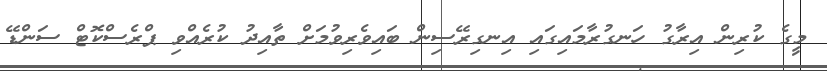
މީގެ ކުރިން އިރާގު ހަނގުރާމައިގައި އިނގިރޭސިން ބައިވެރިވުމަށް ތާއިދު ކުރެއްވި ޕްރެސްކޮޓް ސަންޑޭ